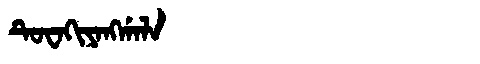
Manchu: ᡨᡠᠸᠠᡴᡳᠶᠠᠩᡤᠠᠯᠠ
Romanization: TUWAKIYANGGALA